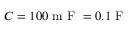
C = 1 0 0 \mathrm { ~ m ~ F ~ } = 0 . 1 \mathrm { ~ F ~ }